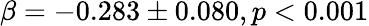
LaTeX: \beta=-0.283\pm 0.080,p<0.001